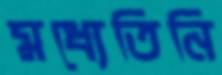
মধ্যেতিনি